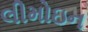
લીમોઇન